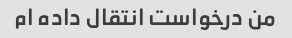
من درخواست انتقال داده ام